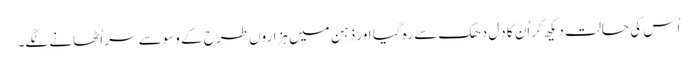
اُس کی حالت دیکھ کر اُن کا دِل دھک سے رہ گیا اور ذہن میں ہزاروں طرح کے وسوسے سر اُٹھانے لگے۔